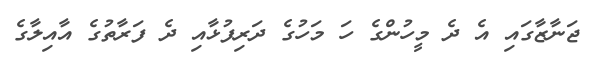
ޖަނާޒާގައި އެ ދެ މީހުންގެ ހަ މަހުގެ ދަރިފުޅާއި ދެ ފަރާތުގެ އާއިލާގެ